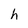
Character: h